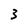
Character: 3